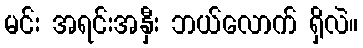
မင်း အရင်းအနှီး ဘယ်လောက် ရှိလဲ။